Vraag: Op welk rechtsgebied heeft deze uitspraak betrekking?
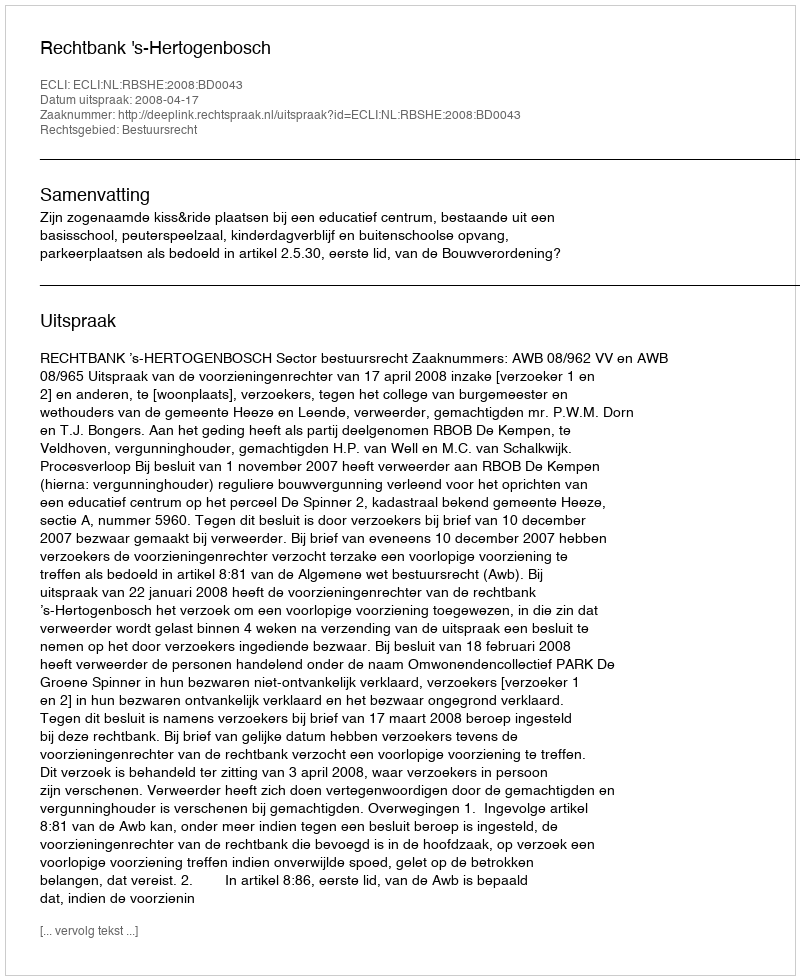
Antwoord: Bestuursrecht